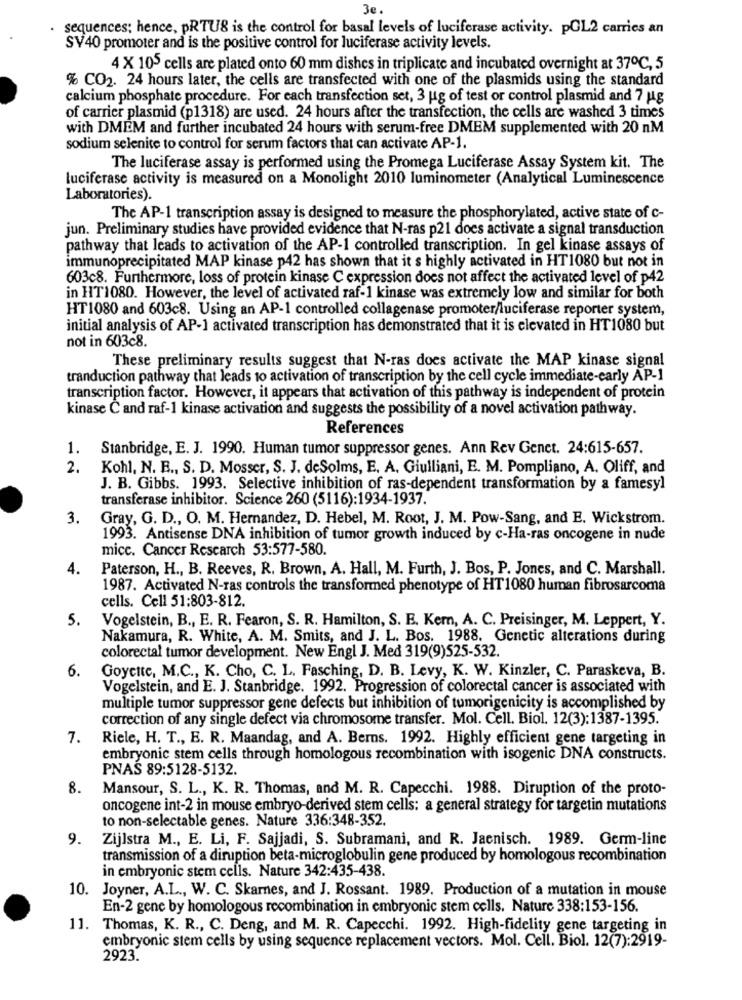
3e.
sequences; hence, pRTU8 is the control for basal levels of luciferase activity. pGL2 carries an
SV40 promoter and is the positive control for luciferase activity levels.
4 X 105 cells are plated onto 60 mm dishes in triplicate and incubated overnight at 37℃, 5
% CO2. 24 hours later, the cells are transfected with one of the plasmids using the standard
calcium phosphate procedure. For each transfection set, 3 ug of test or control plasmid and 7 ug
of carrier plasmid (p1318) are used. 24 hours after the transfection, the cells are washed 3 times
with DMEM and further incubated 24 hours with serum-free DMEM supplemented with 20 nM
sodium selenite to control for serum factors that can activate AP-1.
The luciferase assay is performed using the Promega Luciferase Assay System kit. The
luciferase activity is measured on a Monolight 2010 luminometer (Analytical Luminescence
Laboratories).
The AP-1 transcription assay is designed to measure the phosphorylated, active state of c-
jun. Preliminary studies have provided evidence that N-ras p21 does activate a signal transduction
pathway that leads to activation of the AP-1 controlled transcription. In gel kinase assays of
immunoprecipitated MAP kinase p42 has shown that it s highly activated in HT1080 but not in
603c8. Furthermore, loss of protein kinase C expression does not affect the activated level of p42
in HT1080. However, the level of activated raf-1 kinase was extremely low and similar for both
HT1080 and 603c8. Using an AP-1 controlled collagenase promoter/luciferase reporter system,
initial analysis of AP-1 activated transcription has demonstrated that it is elevated in HT1080 but
not in 603c8.
These preliminary results suggest that N-ras does activate the MAP kinase signal
tranduction pathway that leads to activation of transcription by the cell cycle immediate-early AP-1
transcription factor. However, it appears that activation of this pathway is independent of protein
kinase C and raf-1 kinase activation and suggests the possibility of a novel activation pathway.
References
1. Stanbridge, E. J. 1990. Human tumor suppressor genes. Ann Rev Genet. 24:615-657.
2.
Kohl, N. B ., S. D. Mosser, S. J. deSolms, E. A. Giulliani, E. M. Pompliano, A. Oliff, and
J. B. Gibbs. 1993. Selective inhibition of ras-dependent transformation by a famesyl
transferase inhibitor. Science 260 (5116):1934-1937.
3.
Gray, G. D ., O. M. Hernandez, D. Hebel, M. Root, J. M. Pow-Sang, and E. Wickstrom.
1993. Antisense DNA inhibition of tumor growth induced by c-Ha-ras oncogene in nude
mice. Cancer Research 53:577-580.
4.
Paterson, H ., B. Reeves, R. Brown, A. Hall, M. Furth, J. Bos, P. Jones, and C. Marshall.
1987. Activated N-ras controls the transformed phenotype of HT1080 human fibrosarcoma
cells. Cell 51:803-812.
5.
Vogelstein, B ., E. R. Fearon, S. R. Hamilton, S. E. Kern, A. C. Preisinger, M. Leppert, Y.
Nakamura, R. White, A. M. Smits, and J. L. Bos. 1988. Genetic alterations during
colorectal tumor development. New Engl J. Med 319(9)525-532.
6.
Goyette, M.C ., K. Cho, C. L. Fasching, D. B. Levy, K. W. Kinzler, C. Paraskeva, B.
Vogelstein, and E. J. Stanbridge. 1992. Progression of colorectal cancer is associated with
multiple tumor suppressor gene defects but inhibition of tumorigenicity is accomplished by
correction of any single defect via chromosome transfer. Mol. Cell. Biol. 12(3):1387-1395.
7.
Riele, H. T ., E. R. Maandag, and A. Berns. 1992. Highly efficient gene targeting in
embryonic stem cells through homologous recombination with isogenic DNA constructs.
PNAS 89:5128-5132.
8.
Mansour, S. L ., K. R. Thomas, and M. R. Capecchi. 1988. Diruption of the proto-
oncogene int-2 in mouse embryo-derived stem cells: a general strategy for targetin mutations
to non-selectable genes. Nature 336:348-352.
9.
Zijlstra M ., E. Li, F. Sajjadi, S. Subramani, and R. Jacnisch. 1989. Germ-line
transmission of a diription beta-microglobulin gene produced by homologous recombination
in embryonic stem cells. Nature 342:435-438.
10. Joyner, A.L ., W. C. Skarnes, and J. Rossant. 1989. Production of a mutation in mouse
En-2 gene by homologous recombination in embryonic stem cells. Nature 338:153-156.
11. Thomas, K. R ., C. Deng, and M. R. Capecchi. 1992. High-fidelity gene targeting in
embryonic stem cells by using sequence replacement vectors. Mol. Cell. Biol. 12(7):2919-
2923.